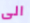
الى